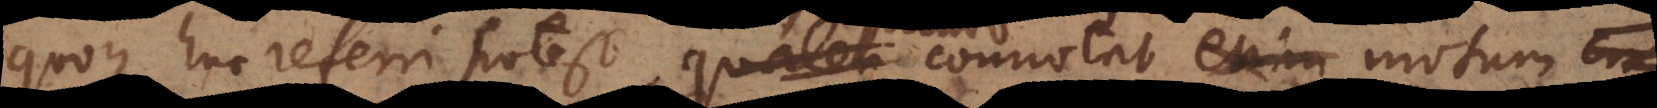
quoque huc referri potest, quaten connotat enim quando con